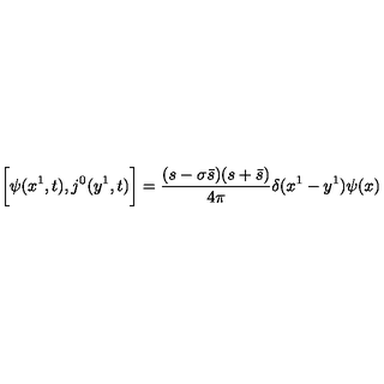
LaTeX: \biggl [ \psi ( x ^ { 1 } , t ) , j ^ { 0 } ( y ^ { 1 } , t ) \biggr ] = \frac { ( s - \sigma \bar { s } ) ( s + \bar { s } ) } { 4 \pi } \delta ( x ^ { 1 } - y ^ { 1 } ) \psi ( x )